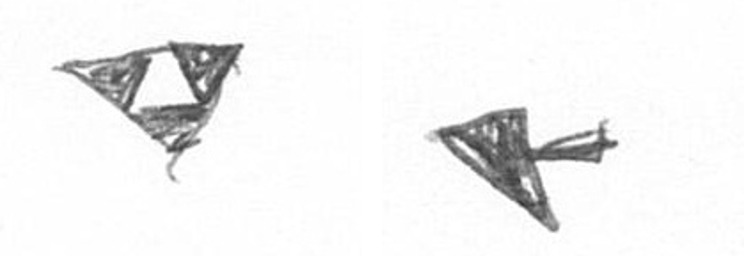
S F